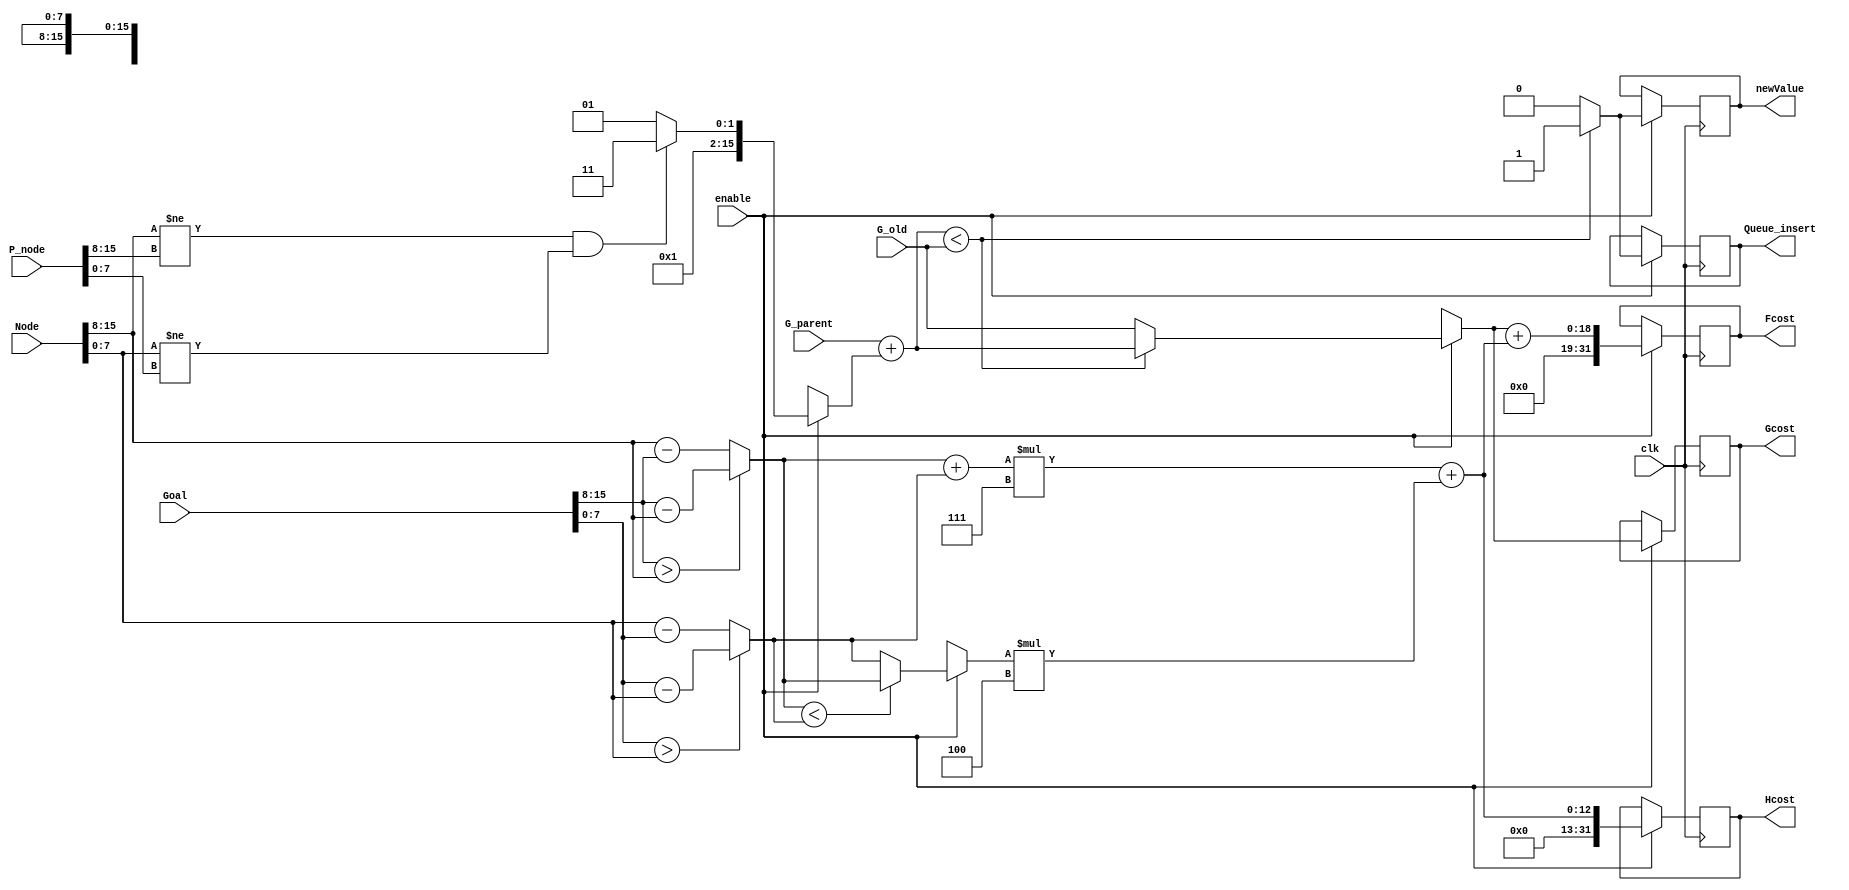
`timescale 1ns / 1ps

module evaluator(
    input clk,
    input enable,
    input [17:0] G_parent,
    input [17:0] G_old,
    input [15:0] Goal,
    input [15:0] Node,
    input [15:0] P_node,
    output reg newValue,
    output reg Queue_insert,
    output reg [17:0] Gcost,
    output reg [31:0] Hcost,
    output reg [31:0] Fcost
);
    parameter D = 7;
    parameter D2 = 10;
    
    reg [15:0] cost;
    
    reg [17:0] G_new;
//    reg [15:0] G_cost_temp;
//    reg Queue_insert_temp;
//    reg newValue_temp;
    reg [7:0] dx;
    reg [7:0] dy;
    reg [7:0] min;
//    reg [31:0] Hcost_temp;
//    reg [31:0] Fcost_temp;

    always @ (posedge clk) begin
        if (enable) begin
            if ((Node[15:8] != P_node[15:8]) && (Node[7:0] != P_node[7:0]))
                 cost = 7; // Assign a value of 7 if diagonal
             else
                 cost = 5; // Assign a value of 5 if not diagonal
            G_new = G_parent + cost;
            if (G_new < G_old) begin
                Gcost = G_new;
                newValue = 1'b1;
                Queue_insert = 1'b1;
            end else begin
                Gcost = G_old;
                newValue = 1'b0;
                Queue_insert = 1'b0;
            end
            dx = (Goal[15:8] > Node[15:8])? Goal[15:8] - Node[15:8] : Node[15:8] - Goal[15:8];
//            dx <= Goal[15:8] - Node[15:8];
            dy = (Goal[7:0] > Node[7:0])? Goal[7:0] - Node[7:0] : Node[7:0] - Goal[7:0];
//            dy <= Goal[7:0] - Node[7:0];
            if (dx < dy) begin
                min = dx;
            end else begin
                min = dy;
            end
            Hcost = (dx + dy) * D + min * (2*D - D2);
            Fcost = Gcost + Hcost;
        end
    end
    
endmodule